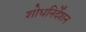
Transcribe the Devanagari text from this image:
शोधनिर्देशन